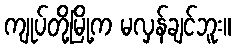
ကျုပ်တို့မြို့က မလှန်ချင်ဘူး။